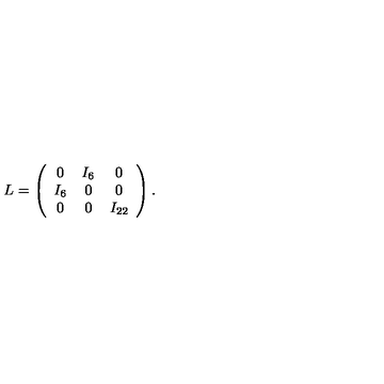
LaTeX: L = \left( \begin{array} { c c c } { 0 } & { I _ { 6 } } & { 0 } \\ { I _ { 6 } } & { 0 } & { 0 } \\ { 0 } & { 0 } & { I _ { 2 2 } } \\ \end{array} \right) .